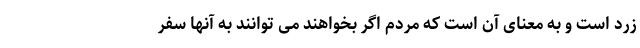
زرد است و به معنای آن است که مردم اگر بخواهند می توانند به آنها سفر